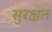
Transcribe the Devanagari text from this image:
सुरक्षत